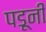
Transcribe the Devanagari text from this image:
पडूनी